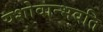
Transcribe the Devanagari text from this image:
यशोवान्भवति